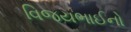
વિજયભાઈનો